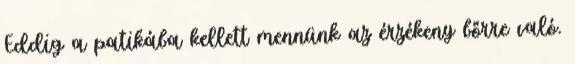
Eddig a patikába kellett mennünk az érzékeny bőrre való.